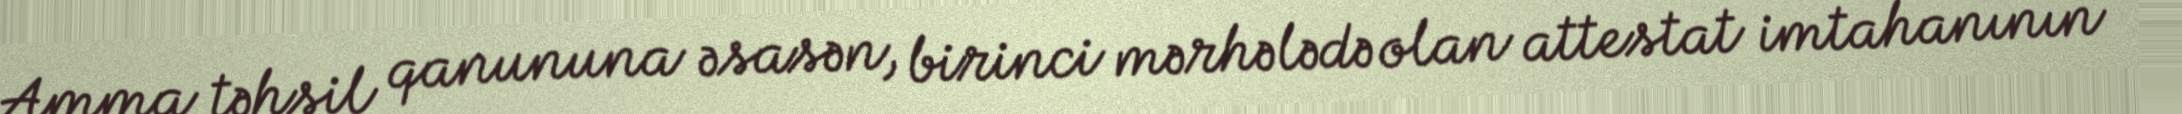
Amma təhsil qanununa əsasən, birinci mərhələdə olan attestat imtahanının